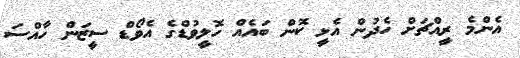
އެންމެ ރީއްޗަށް ހެދުން އެޅީ ކޮން ބައެއް ހޮލީވުޑްގެ އެވޯޑް ސީޒަން ހާއްސަ